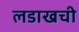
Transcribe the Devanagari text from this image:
लडाखची